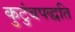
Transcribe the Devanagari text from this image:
कुटुंबपद्धति